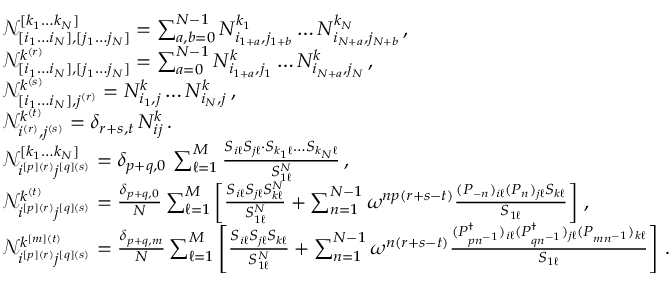
\begin{array} { r l } & { \mathcal { N } _ { [ i _ { 1 } \dots i _ { N } ] , [ j _ { 1 } \dots j _ { N } ] } ^ { [ k _ { 1 } \dots k _ { N } ] } = \sum _ { a , b = 0 } ^ { N - 1 } N _ { i _ { 1 + a } , j _ { 1 + b } } ^ { k _ { 1 } } \dots N _ { i _ { N + a } , j _ { N + b } } ^ { k _ { N } } \, , } \\ & { \mathcal { N } _ { [ i _ { 1 } \dots i _ { N } ] , [ j _ { 1 } \dots j _ { N } ] } ^ { k ^ { ( r ) } } = \sum _ { a = 0 } ^ { N - 1 } N _ { i _ { 1 + a } , j _ { 1 } } ^ { k } \dots N _ { i _ { N + a } , j _ { N } } ^ { k } \, , } \\ & { \mathcal { N } _ { [ i _ { 1 } \dots i _ { N } ] , j ^ { ( r ) } } ^ { k ^ { ( s ) } } = N _ { i _ { 1 } , j } ^ { k } \dots N _ { i _ { N } , j } ^ { k } \, , } \\ & { \mathcal { N } _ { i ^ { ( r ) } , j ^ { ( s ) } } ^ { k ^ { ( t ) } } = \delta _ { r + s , t } \, N _ { i j } ^ { k } \, . } \\ & { \mathcal { N } _ { i ^ { [ p ] ( r ) } j ^ { [ q ] ( s ) } } ^ { [ k _ { 1 } \dots k _ { N } ] } = \delta _ { p + q , 0 } \, \sum _ { \ell = 1 } ^ { M } \frac { S _ { i \ell } S _ { j \ell } \cdot S _ { k _ { 1 } \ell } \dots S _ { k _ { N } \ell } } { S _ { 1 \ell } ^ { N } } \, , } \\ & { \mathcal { N } _ { i ^ { [ p ] ( r ) } j ^ { [ q ] ( s ) } } ^ { k ^ { ( t ) } } = \frac { \delta _ { p + q , 0 } } { N } \sum _ { \ell = 1 } ^ { M } \left[ \frac { S _ { i \ell } S _ { j \ell } S _ { k \ell } ^ { N } } { S _ { 1 \ell } ^ { N } } + \sum _ { n = 1 } ^ { N - 1 } \omega ^ { n p ( r + s - t ) } \frac { ( P _ { - n } ) _ { i \ell } ( P _ { n } ) _ { j \ell } S _ { k \ell } } { S _ { 1 \ell } } \right] \, , } \\ & { \mathcal { N } _ { i ^ { [ p ] ( r ) } j ^ { [ q ] ( s ) } } ^ { k ^ { [ m ] ( t ) } } = \frac { \delta _ { p + q , m } } { N } \sum _ { \ell = 1 } ^ { M } \left[ \frac { S _ { i \ell } S _ { j \ell } S _ { k \ell } } { S _ { 1 \ell } ^ { N } } + \sum _ { n = 1 } ^ { N - 1 } \omega ^ { n ( r + s - t ) } \frac { ( P _ { p n ^ { - 1 } } ^ { \dag } ) _ { i \ell } ( P _ { q n ^ { - 1 } } ^ { \dag } ) _ { j \ell } ( P _ { m n ^ { - 1 } } ) _ { k \ell } } { S _ { 1 \ell } } \right] \, . } \end{array}